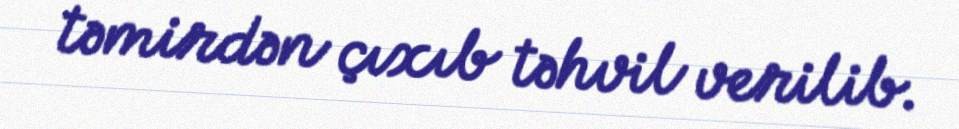
təmirdən çıxıb təhvil verilib.